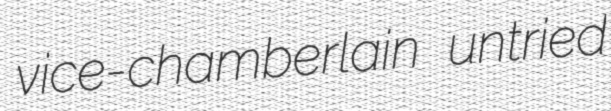
vice-chamberlain untried